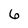
Character: 6